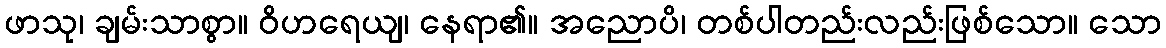
ဖာသု၊ ချမ်းသာစွာ။ ဝိဟရေယျ၊ နေရာ၏။ အညောပိ၊ တစ်ပါတည်းလည်းဖြစ်သော။ သော